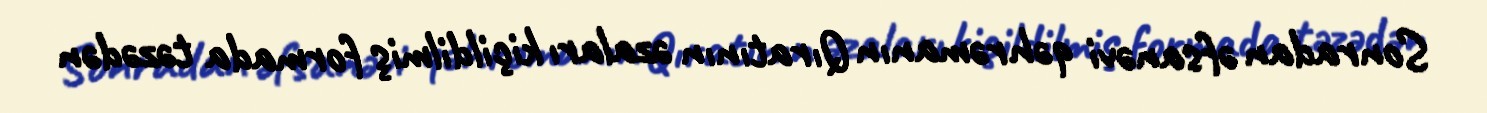
Sonradan əfsanəvi qəhrəmanın Qıratının əzaları kiçildilmiş formada təzədən